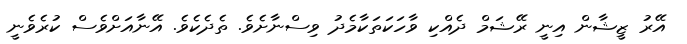
އޭރު ޒީޝާން އިނީ ރޭޝަމް ދެއްކި ވާހަކަތަކާމެދު ވިސްނާށެވެ. ތެދެކެވެ. އޭނާއަށްވެސް ކުރެވެނީ